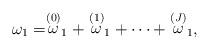
LaTeX: \begin{align*}\omega _{1}=\stackrel{\left( 0\right) }{\omega }_{1}+\stackrel{\left(1\right) }{\omega }_{1}+\cdots +\stackrel{\left( J\right) }{\omega }_{1},\end{align*}